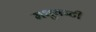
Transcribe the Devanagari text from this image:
मधुयष्‍टी